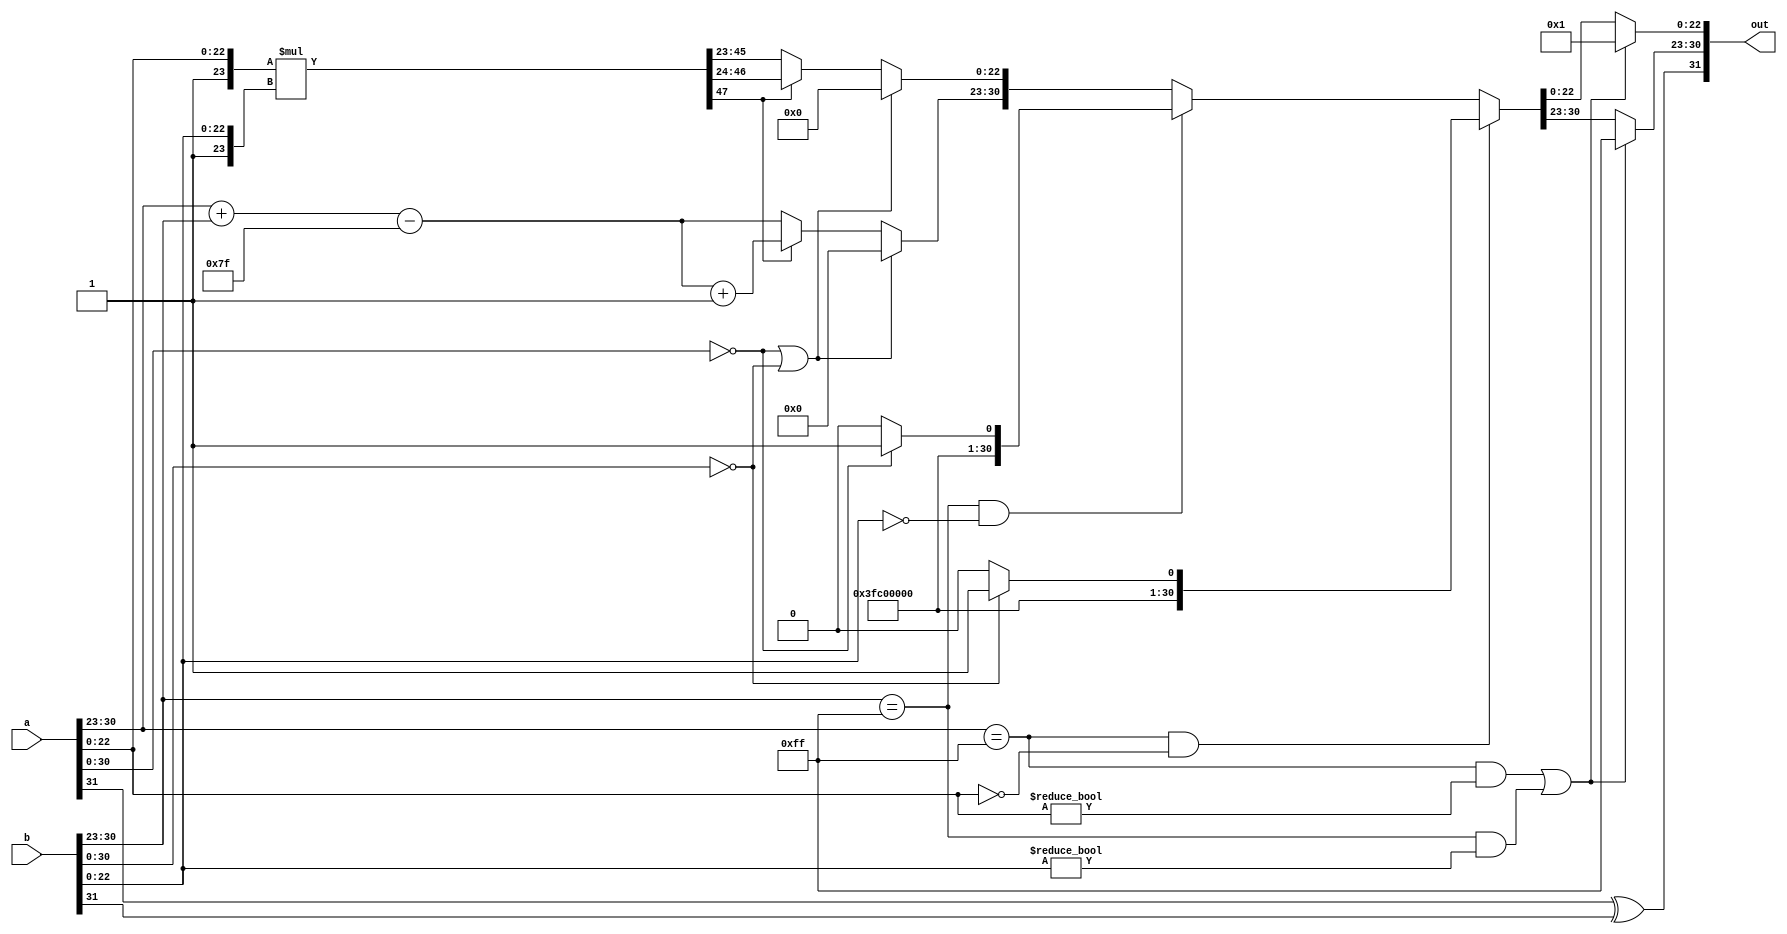
`timescale 1ns / 1ps
//////////////////////////////////////////////////////////////////////////////////
// Company: 
// Engineer: 
// 
// Design Name: 
// Module Name: floating
// Project Name: 
// Target Devices: 
// Tool Versions: 
// Description: 
// 
// Dependencies: 
// 
// Revision:
// Revision 0.01 - File Created
// Additional Comments:
// 
//////////////////////////////////////////////////////////////////////////////////


module floating(a,b,out);
input [31:0]a,b;
output reg[31:0]out;
reg e;
wire s,z;
wire [47:0]mul;
wire [23:0]ma,mb;
assign s=a[31]^b[31];
//assign e=a[30:23]+b[30:26]-8'd127;
//assign mul=a[22:0]*b[22:0];
//assign out[31]=s,out[30:23]=e;

assign ma={1'b1,a[22:0]}, mb={1'b1,b[22:0]};
 assign mul=ma*mb;
 assign z=mul[47];
 always @(*)
 begin
 if ((a[30:23]==8'b11111111 && a[22:0]!=23'd0) || (b[30:23]==8'b11111111 && b[22:0]!=23'd0))
 begin
 out[31]=a[31]^b[31];
 out[30:23]=8'b11111111;
  out[22:0]=23'd1;
  end
 //inf a
  else if ((a[30:23]==8'b11111111) && (a[22:0]==23'd0))
  begin
  if (b[30:0]==31'd0)
  begin
 out[31]=a[31]^b[31];
 out[30:23]=8'b11111111;
  out[22:0]=23'd1;
  end
	else
	 begin
 out[31]=a[31]^b[31];
 out[30:23]=8'b11111111;
  out[22:0]=23'd0;
  end
 end 
  //inf b
  else if (b[30:23]==8'b11111111 && b[22:0]==23'd0)
  begin
  if (a[30:0]==31'd0)
  begin
 out[31]=a[31]^b[31];
 out[30:23]=8'b11111111;
  out[22:0]=23'd1;
  end
	else
	 begin
 out[31]=a[31]^b[31];
 out[30:23]=8'b11111111;
  out[22:0]=23'd0;
  end 
  end
//zero
else if  ((a[30:0]==31'd0)||(b[30:0]==31'd0))
	 begin
 out[31]=a[31]^b[31];
 out[30:23]=8'b00000000;
  out[22:0]=23'd0;
  end 
  
  else
  begin
  if (z==0)
begin
out[31]=a[31]^b[31];
out[30:23]=a[30:23]+b[30:23]-(8'd127);
out[22:0]=mul[45:23];
end
else
begin
out[31]=a[31]^b[31];
out[30:23]=a[30:23]+b[30:23]-(8'd127)+1;
out[22:0]=mul[46:24];

end
 end
end
endmodule